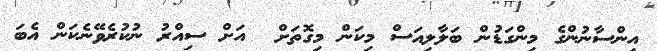
އިންސާނުންގެ މިންގަޑުން ބަލާލިއަސް މިކަން މިގޮތަށް  އަށް ސިއްރު ނުކުރެވޭނެކަން އެބަ